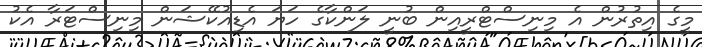
މީގެ އިތުރުން އެ މިނިސްޓްރީއިން ބުނީ ލަންކާގެ ހަޔަ އެޑިއުކޭޝަން މިނިސްޓަރާ އެކު